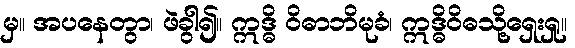
မှ။ အပနေတွာ၊ ဖဲခွါ၍။ ဣဒ္ဓိ ဝိဓာဘိမုခံ၊ ဣဒ္ဓိဝိဓသို့ရှေးရှု။